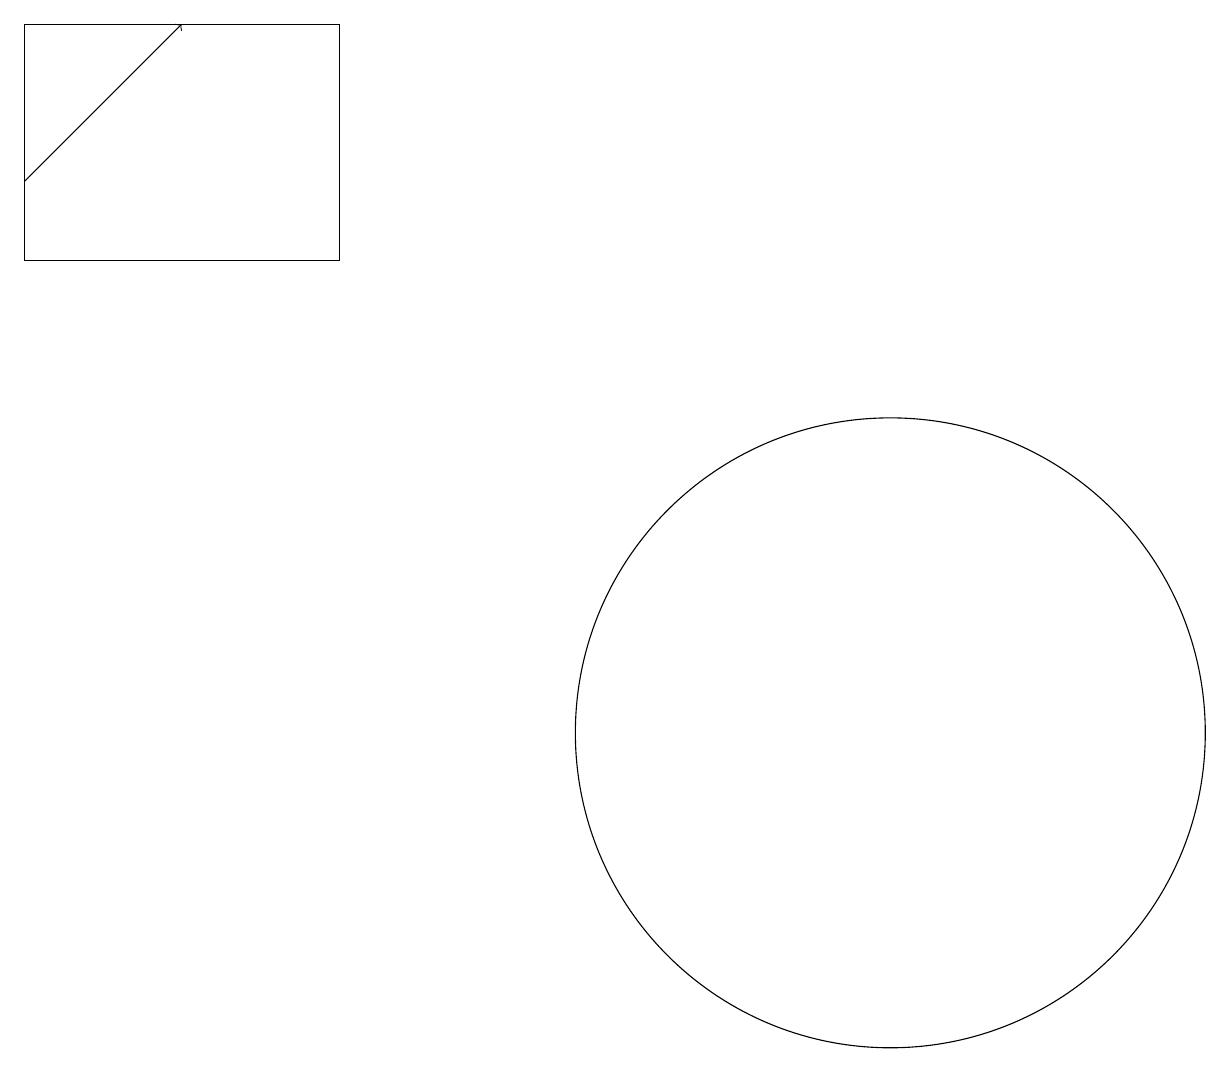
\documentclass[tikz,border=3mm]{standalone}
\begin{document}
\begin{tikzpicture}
\draw[->] (0,17) -- (2,19);
\draw (0,16) rectangle (4,19);
\draw (11,10) circle (4);
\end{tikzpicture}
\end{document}